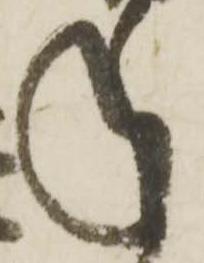
年